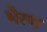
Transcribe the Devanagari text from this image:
भैरण